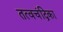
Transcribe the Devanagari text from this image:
तत्वचंद्रिका